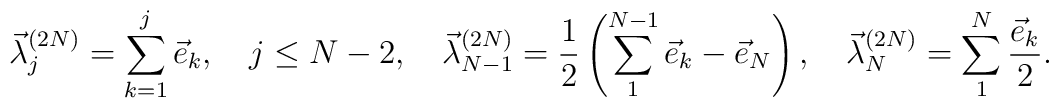
\vec \lambda^{(2N)}_j= \sum_{k=1}^j \vec e_k,\quad j\leq N-2, \quad\vec \lambda^{(2N)}_{N-1}={1\over 2} \left (\sum_1^{N-1} \vec e_k-\vec e_N\right ),\quad \vec \lambda^{(2N)}_{N}= \sum_1^{N}{\vec e_k\over 2}.